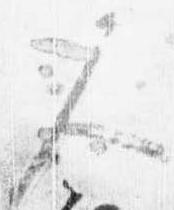
尺